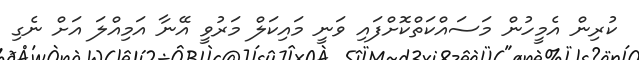
ކުރިން އެމީހުން މަސައްކަތްކޮށްފައި ވަނީ މައިކަލް މަރުވީ އޭނާ އަމިއްލަ އަށް ނެގި